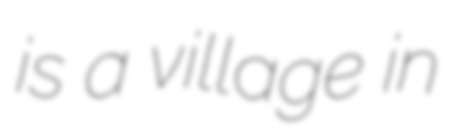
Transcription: is a village in